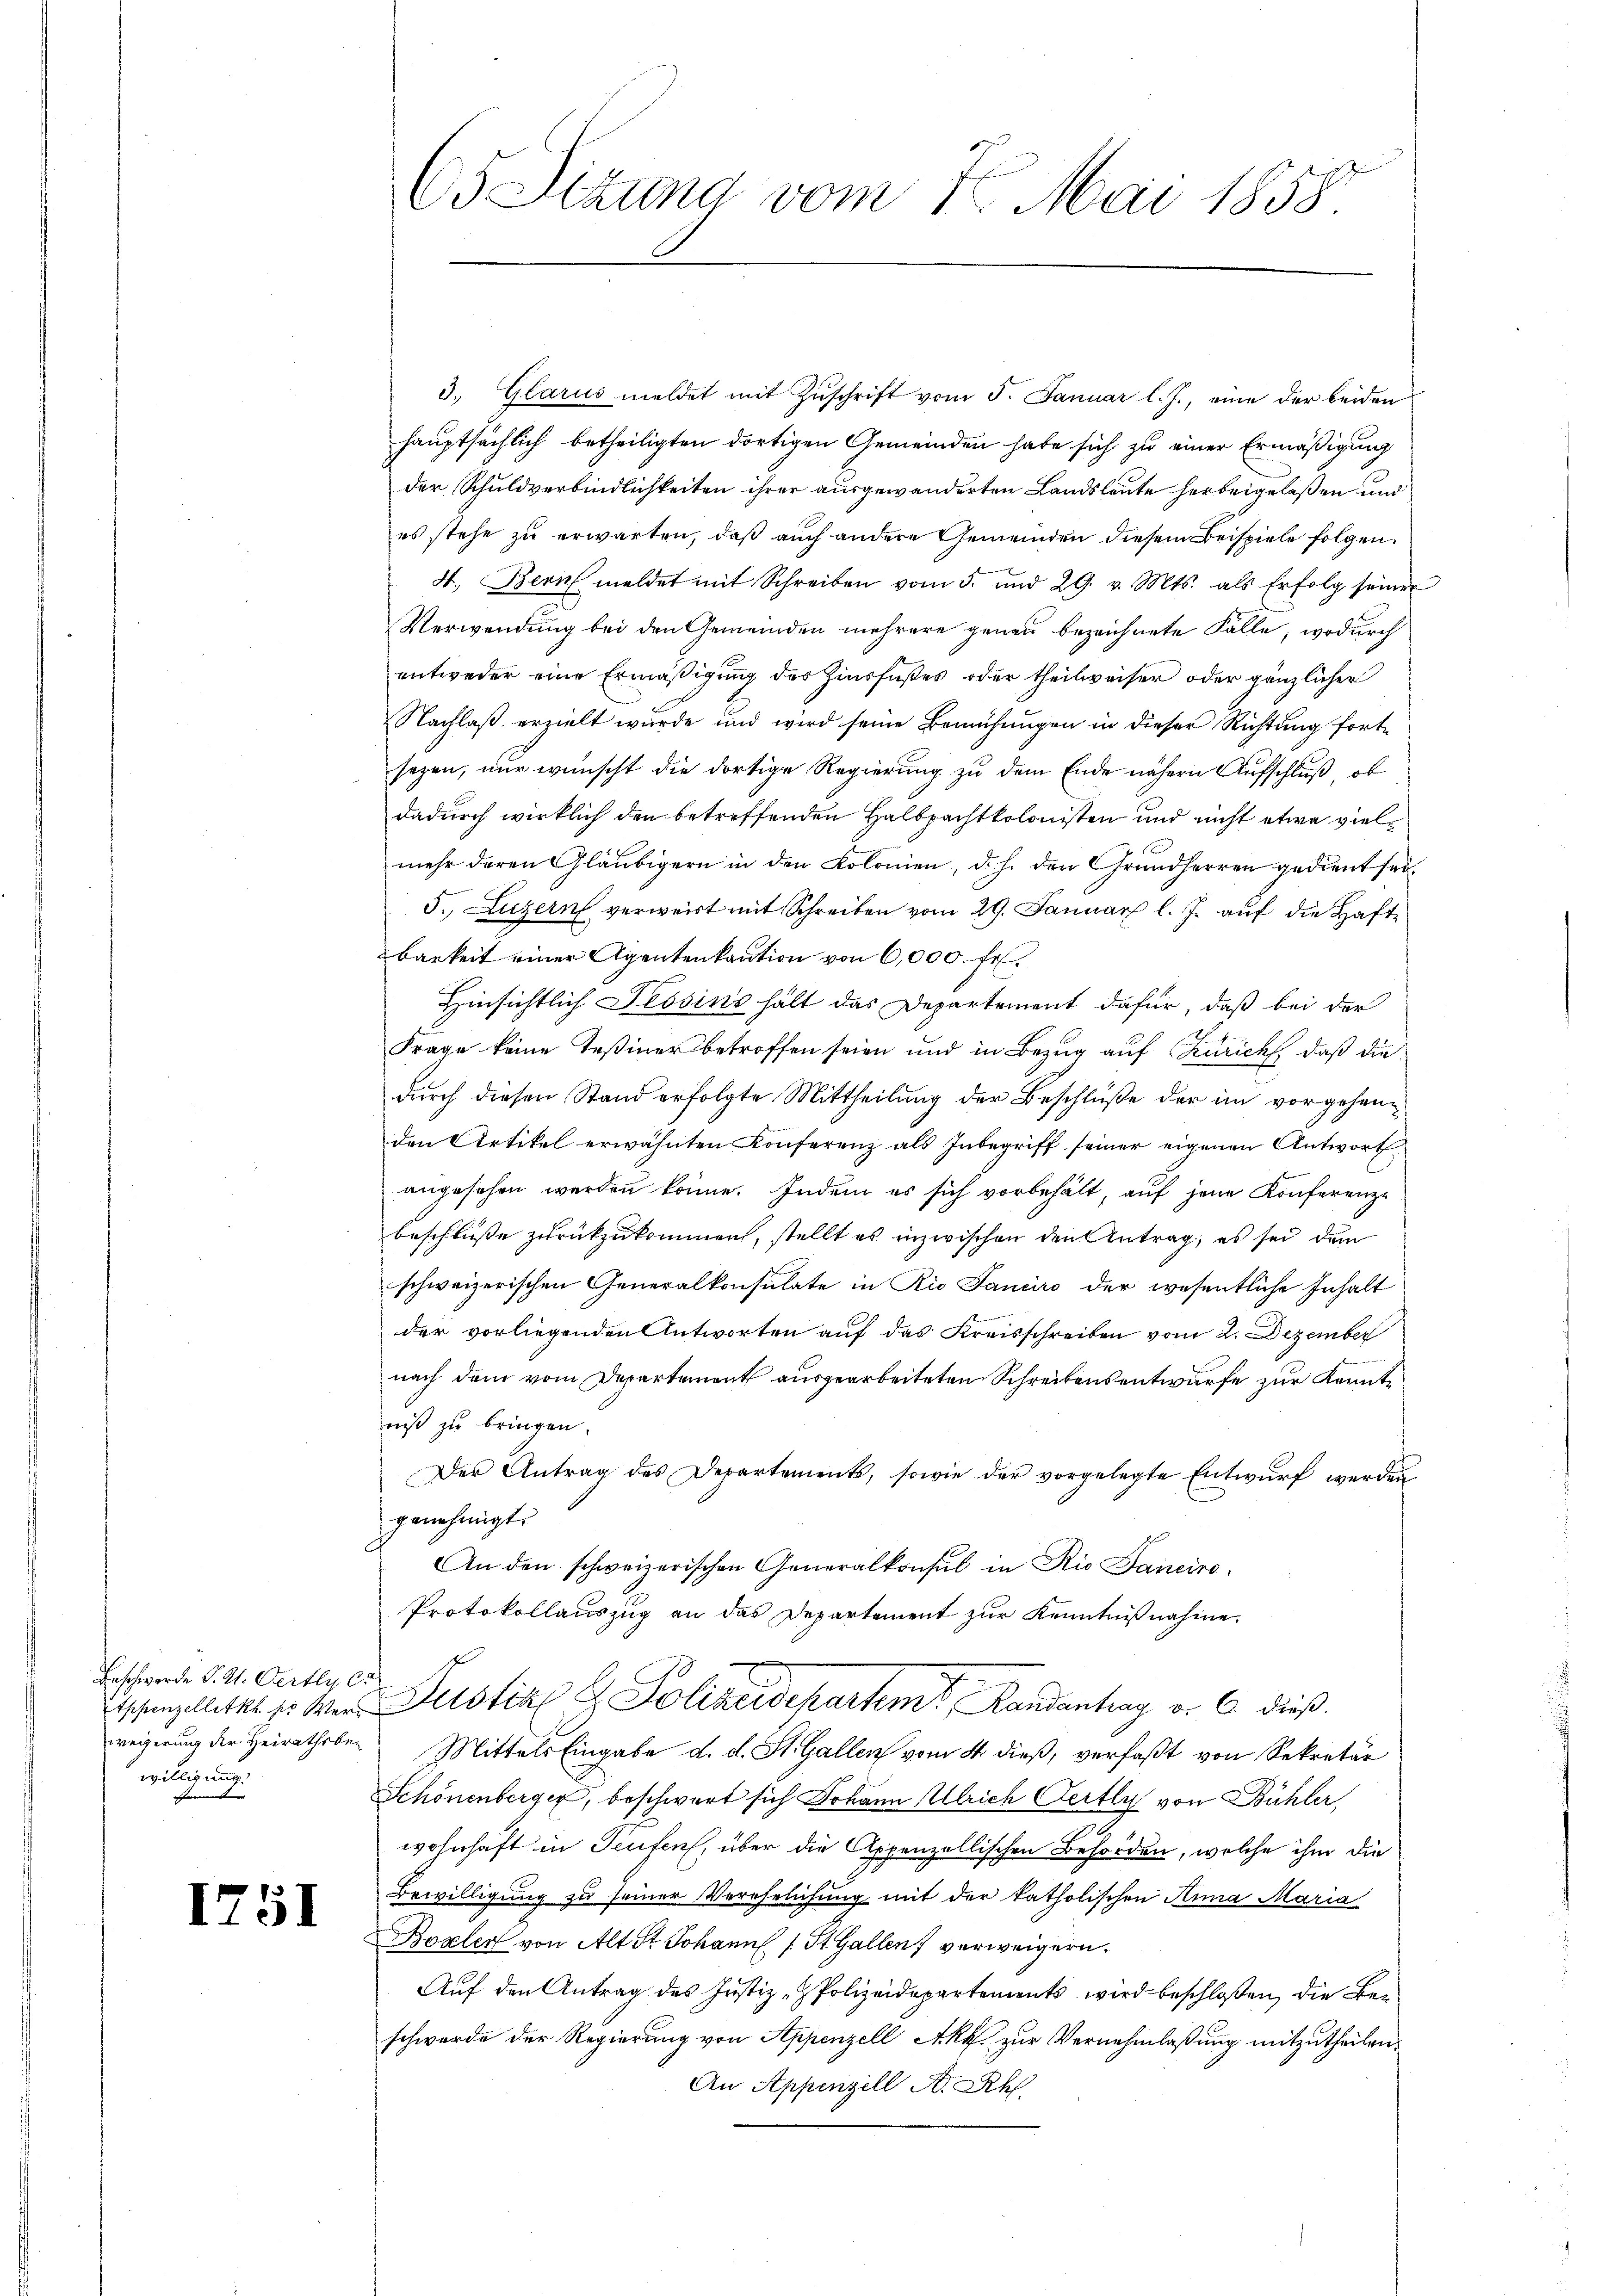
Beschwerde P. K. Oertly le
willigung
een |

1751

65 Sizung vom 7. Mai 1858.

3. Glarus meldet mit Zŭschrift vom 5. Januar l. J., eine der beiden
hauptsächlich betheiligten dortigen Gemeinden habe sich zu einer Ermäßigung
der Schuldverbindlichkeiten ihrer ausgewanderten Landsleute herbeigelaßen und
es stehe zu erwarten, daß auch andere Gemeinden diesem Beispiele folgen.
4. Bern meldet mit Schreiben vom 5. und 29. v. Mts. als Erfolg seiner
Verwendung bei den Gemeinden mehrere genau bezeichnete Fälle, wodurch
entweder eine Ermäßigung des Zinsfußes oder theilweiser oder gänzlicher
Nachlaß erzielt wurde und wird seine Bemühungen in dieser Richtung fortsezen, nur wünscht die dortige Regierung zu dem Ende nähern Aufschluß, ob
dadurch wirklich den betreffenden Halbpachtkolonisten und nicht etwa vielmehr deren Gläubigern in den Kolonien, d. h. den Grundherren gedient sei¬
5. Luzern verweist mit Schreiben vom 29. Januar l. J. auf die Hafte
barkeit einer Agentenkaution von 6,000. fr.
Hinsichtlich Tessins hält das Departement dafür, daß bei der
Frage keine Teßiner betroffen seien und in Bezug auf Zürich, daß die
durch diesen Stand erfolgte Mittheilung der Beschlüße der im vorgehenden Artikel erwähnten Konferenz als Inbegriff seiner eigenen Antwort
angesehen werden könne. Indem es sich vorbehält, auf jene Konferenze
beschlüße zurückzukommen, stellt es inzwischen den Antrag, es sei dem
schweizerischen Generalkonsulate in Rio Januro der wesentliche Inhalt
der vorliegenden Antworten auf das Kreisschreiben vom 2. Dezember
nach dem vom Departement ausgearbeiteten Schreibensentwurfe zur Kennte
niß zu bringen.
Der Antrag des Departements, sowie der vorgelegte Entwurf werden
genehmigt.
An den schweizerischen Generalkonsul in Rio Sanciro-
Protokollauszug an das Departement zur Kenntnißnahme.
f
Tischenplatte. Er der Justiz & Polizeidepartem Landantrag v. 6. dieß
weigerung der Heirathsber Mittels Eingabe d. d. St. Gallen vom 4. dieß, verfaßt von Sekretär
Schönenberger, beschwert sich Johann Ulrich Oertly von Bühler,
wohnhaft in Teufen, über die Appenzellischen Behörden, welche ihm die
Bewilligung zu seiner Verehrlichung mit der katholischen Anna Maria
Boxler von Alt St. Johann 1 St. Gallen verweigern.
Auf den Antrag des Justiz- & Polizeidepartements wird beschloßen, die Ber
schwerde der Regierung von Appenzell Akt zur Vernehmlaßung mitzutheilen.
An Appenzell A. Rh.